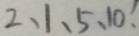
2 、 1 、 5 、 1 0 、